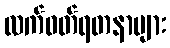
လက်ဝတ်ရတနာများ